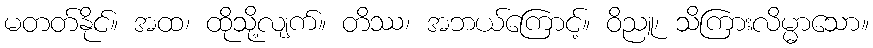
မတတ်နိုင်။ အထ၊ ထိုသို့လျက်။ တိဿ၊ အဘယ်ကြောင့်။ ဝိညူ၊ သိကြားလိမ္မာသော။